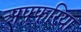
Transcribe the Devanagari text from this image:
अफ़्फरिया